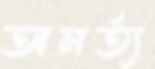
অমর্ত্য